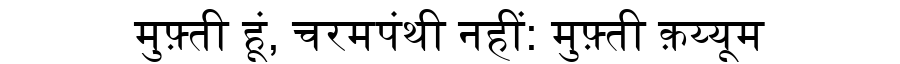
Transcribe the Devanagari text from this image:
मुफ़्ती हूं, चरमपंथी नहीं: मुफ़्ती क़य्यूम